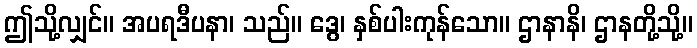
ဤသို့လျှင်။ အပရဒီပနာ၊ သည်။ ဒွေ၊ နှစ်ပါးကုန်သော။ ဌာနာနိ၊ ဌာနတို့သို့။